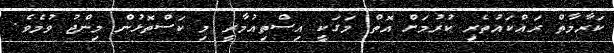
ކަރާމާތް ރައްކައުތެރި ކުރުމަށް އޮތް މަގަކީ އިސްތިއުމާރީ މި ކަސްތޮޅުން މިންޖު ވުމެވެ.